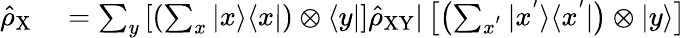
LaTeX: \begin{array}{rl}{\hat{\rho}_{\mathrm{X}}}&{{}=\sum_{y}\left[\left(\sum_{x}|x\rangle\langle x|\right)\otimes\langle y|\right]\hat{\rho}_{\mathrm{XY}}|\left[\left(\sum_{x^{'}}|x^{'}\rangle\langle x^{'}|\right)\otimes|y\rangle\right]}\end{array}